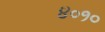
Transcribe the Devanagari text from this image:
४०१०